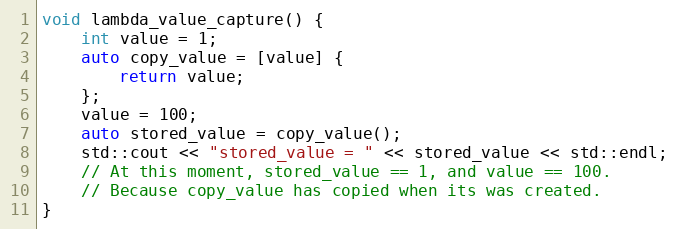
Language: C++
void lambda_value_capture() {
    int value = 1;
    auto copy_value = [value] {
        return value;
    };
    value = 100;
    auto stored_value = copy_value();
    std::cout << "stored_value = " << stored_value << std::endl;
    // At this moment, stored_value == 1, and value == 100.
    // Because copy_value has copied when its was created.
}